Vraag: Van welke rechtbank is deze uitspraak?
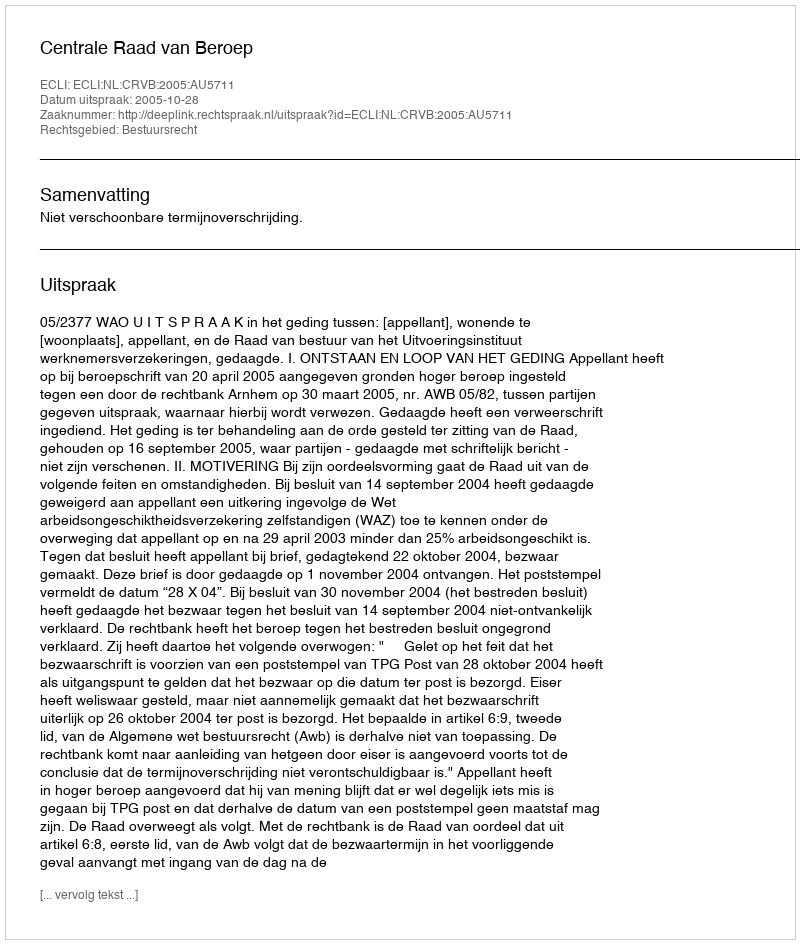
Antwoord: Centrale Raad van Beroep